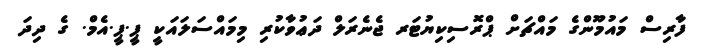
ފާރިސް މައުމޫންގެ މައްޗަށް ޕްރޮސިކިޔުޓަރ ޖެނެރަލް ދަޢުވާކުރި މިމައްސަލައަކީ ޕީ.ޕީ.އެމް. ގެ ދިދަ